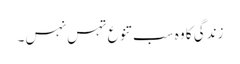
زندگی کا وہ سب تنوع تہس نہس۔